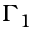
\Gamma _ { 1 }